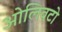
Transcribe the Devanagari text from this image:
ओलिवटो